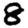
Digit: 8